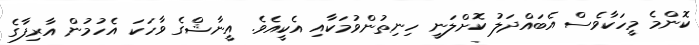
ކޮންމެ މީހަކާވެސް އެބައްދަލު ކޮށްލަނީ ހިނިތުންވުމަކާއި އެކީއެވެ. އީނާޝްގެ ވާހަކަ އެހުމުން އާރިފާގެ